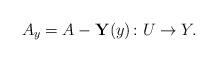
LaTeX: \begin{align*} A_y = A - \mathbf Y(y)\colon U \to Y. \end{align*}